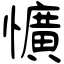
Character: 懭